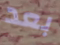
بعد